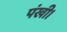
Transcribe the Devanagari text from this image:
पंखी।